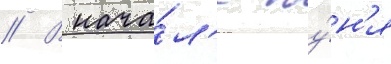
// В нача́л'е иу́н'я